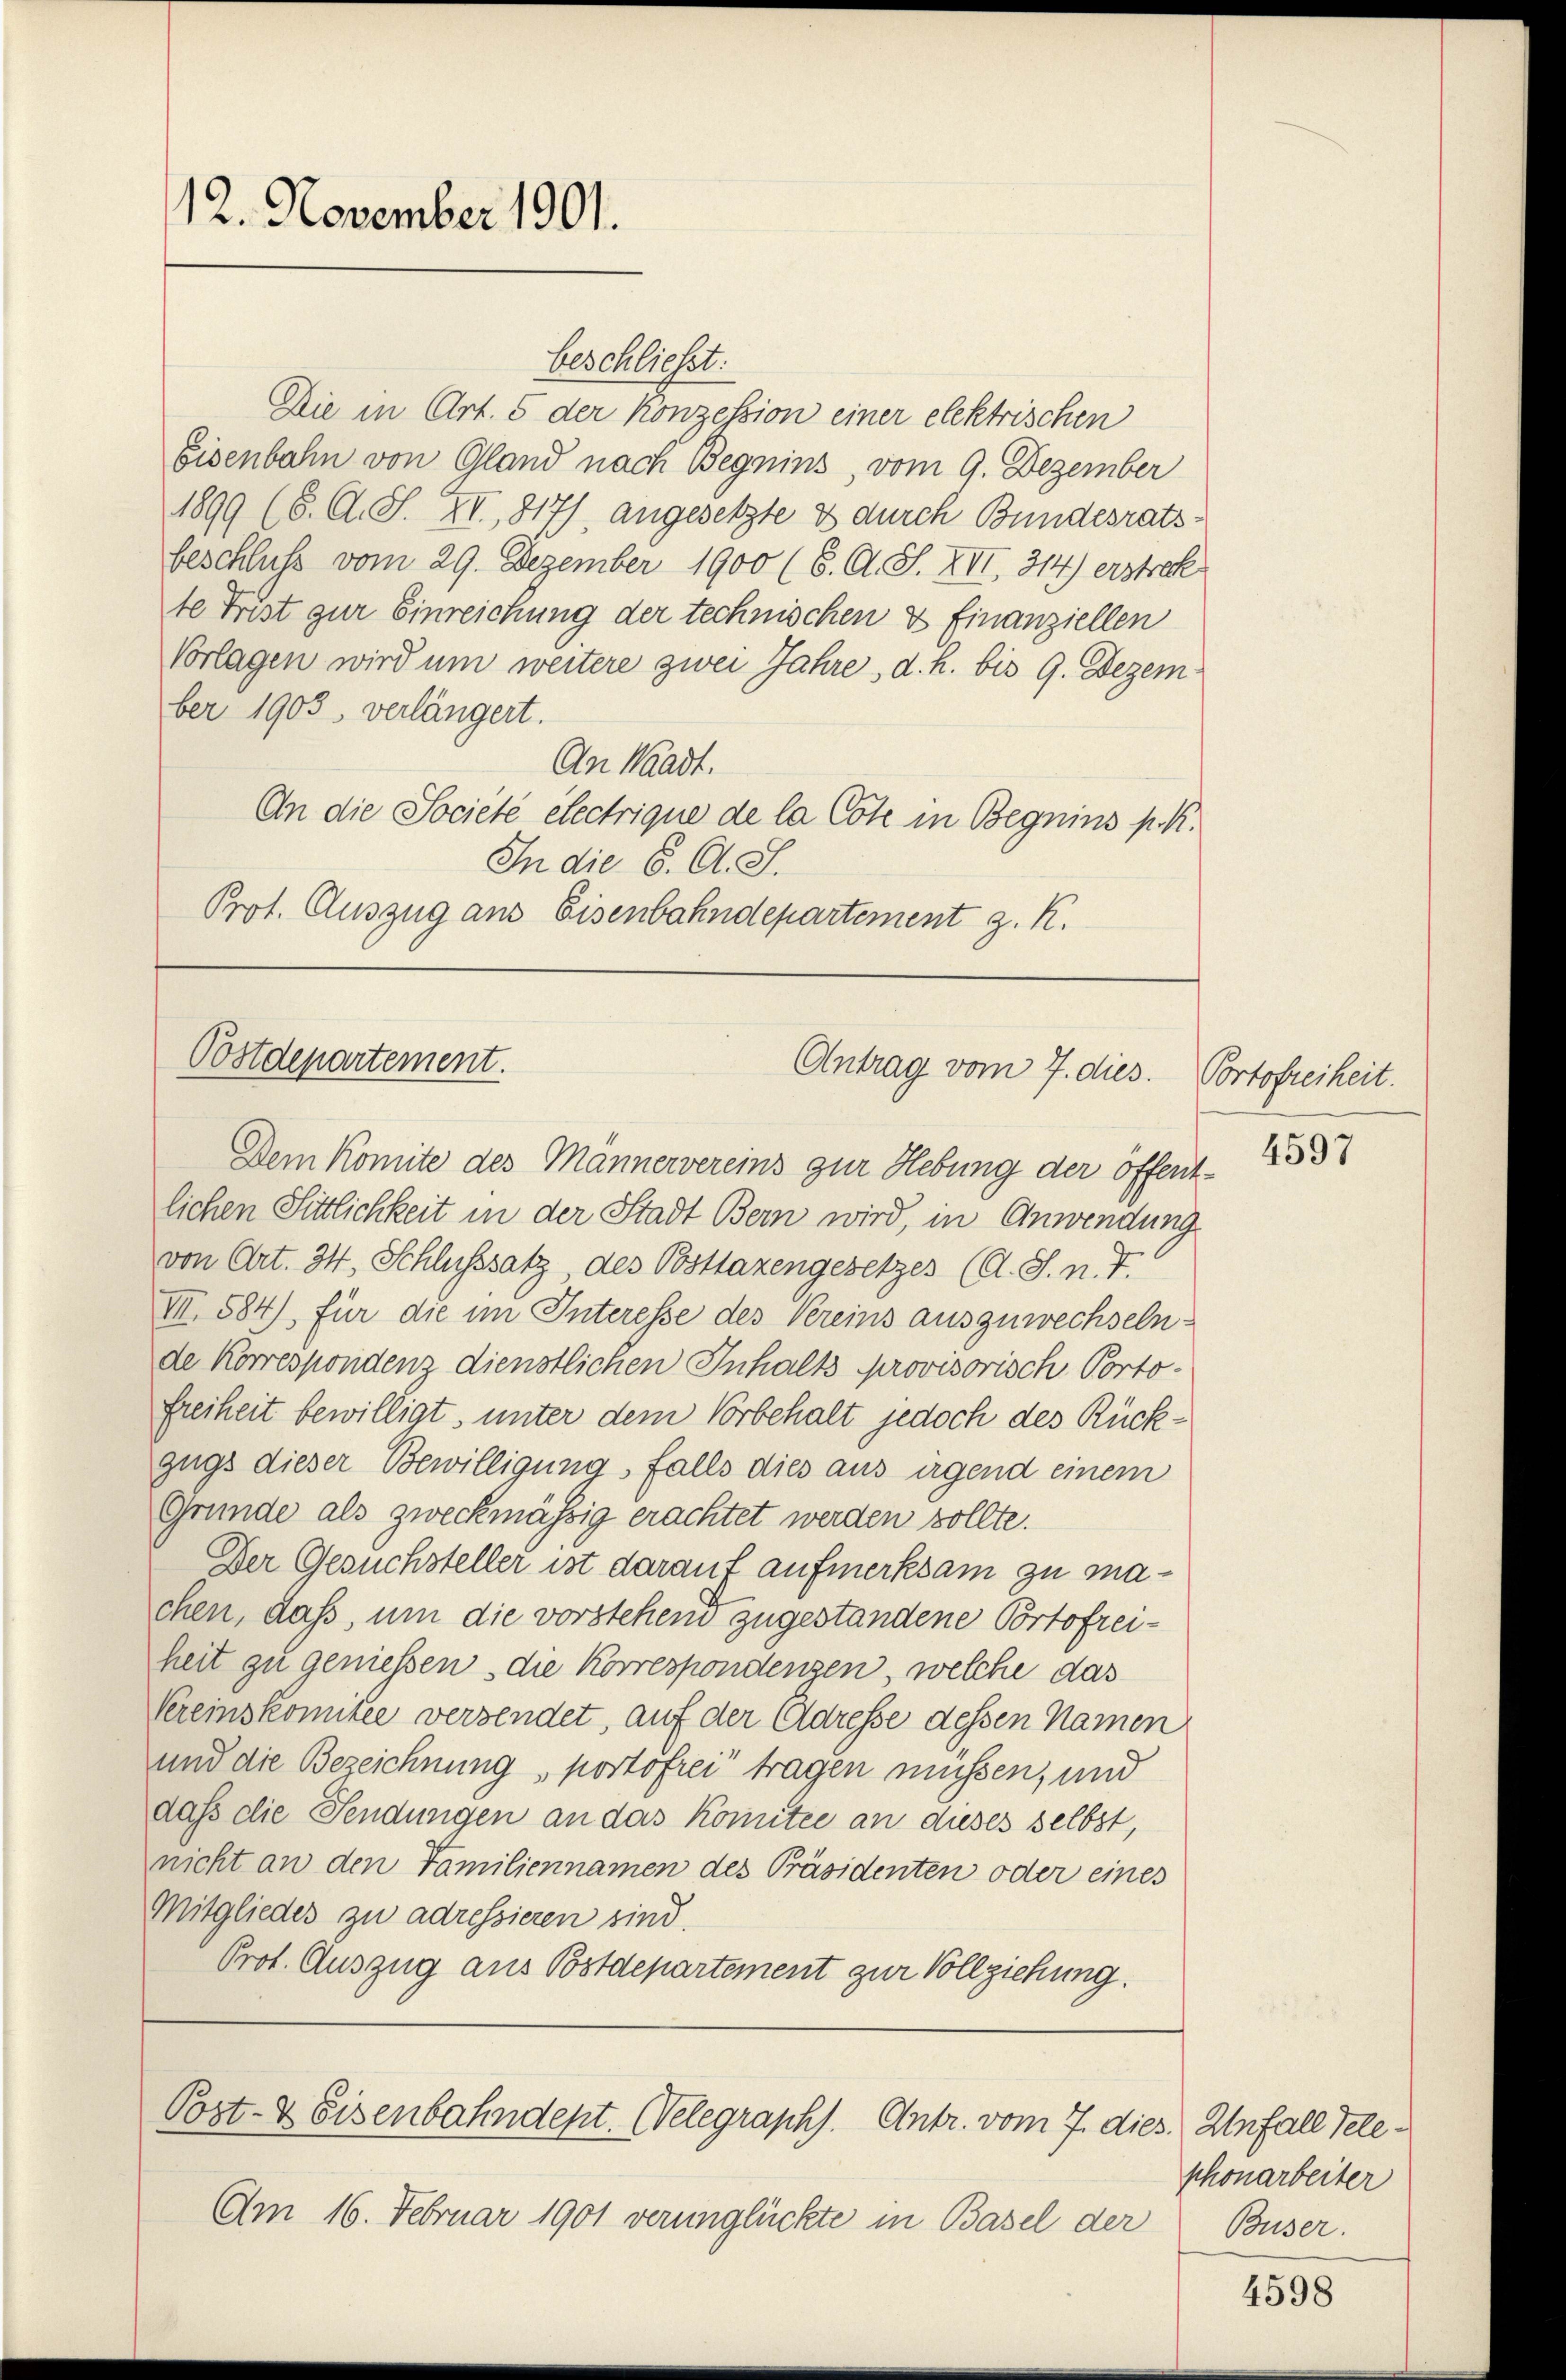
12. November 1901.

beschließt:
Die in Art. 5 der Konzession einer elektrischen
Eisenbahn von Gland nach Begnins, vom 9. Dezember
1899 (S. O. S. XI, 817), angesetzte & durch Bundesratsbeschluß vom 29. Dezember 1900 (6. A. S. XII. 314) erstrec
te Frist zur Einreichung der technischen & finanziellen
Vorlagen wird um weitere zwei Jahre, d. h. bis 9. Dezem
ber 1903, verlängert.
An Waadt.
An die Société électrique de la Cote in Begnins p. K.
In die 6. O. S.
Prot. Auszug aus Eisenbahndepartement z. K.

Postdepartement.
Antrag vom 7. dies.

Dem Komite des Männervereins zur Hebung der öffent-
lichen Sittlichkeit in der Stadt Bern wird, in Anwendung
von Art. 34, Schlusssatz des Posttaxengesetzes (A. S. n. F.
VII. 584), für die im Interesse des Vereins auszuwechselnde Korrespondenz dienstlichen Inhalts provisorisch Portofreiheit bewilligt, unter dem Vorbehalt jedoch des Rückgugs dieser Bewilligung, falls dies aus irgend einem
Gründe als zweckmässig erachtet werden sollte.
Der Gesuchsteller ist darauf aufmerksam zu machen, daß, um die vorstehend zugestandene Portofreiheit zu geniessen, die Korrespondenzen, welche das
Vereinskomitee versendet, auf der Adresse dessen Namen
und die Bezeichnung, portofrei tragen müssen, und
daß die Sendungen an das Komitee an dieses selbst,
nicht an den Familiennamen des Präsidenten oder eines
Mitgliedes zu adressieren sind.
Prot. Auszug aus Postdepartement zur Vollziehung.

Post- & Eisenbahndept. Welegraphs. Antr. vom 7. dies. Unfall Tele¬

Am 16. Februar 1901 verunglückte in Basel der

Portofreiheit.
4597

phonarbeiter
Buser.

4598